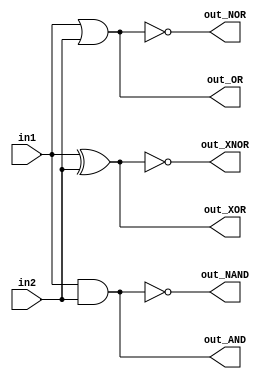
module basic_gates(in1,in2,out_AND,out_OR,out_NOR,out_NAND,out_XOR,out_XNOR);
input in1, in2;
output out_AND,out_OR,out_NOR,out_NAND,out_XOR,out_XNOR;
        assign out_AND = in1 & in2;
        assign out_OR = in1| in2;
        assign out_NAND = ~( in1 & in2);
        assign out_NOR = ~( in1 | in2);
        assign out_XOR = in1 ^ in2;
        assign out_XNOR = ~(in1 ^ in2);
endmodule